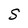
Character: S